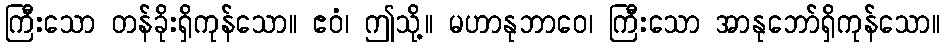
ကြီးသော တန်ခိုးရှိကုန်သော။ ဧဝံ၊ ဤသို့။ မဟာနုဘာဝေ၊ ကြီးသော အာနုဘော်ရှိကုန်သော။